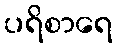
ပရိစာရေ